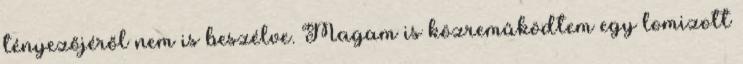
tényezőjéről nem is beszélve. Magam is közreműködtem egy lomizott